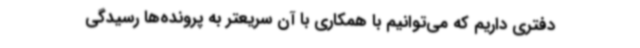
دفتری داریم که می‌توانیم با همکاری با آن سریعتر به پرونده‌ها رسیدگی